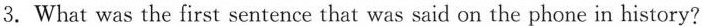
3.What was the first sentence that was said on the phone in history?